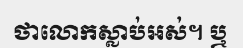
ថាលោកស្លាប់អស់។ ឬ